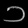
Digit: ၁